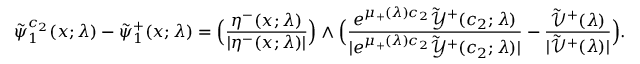
\tilde { \psi } _ { 1 } ^ { c _ { 2 } } ( x ; \lambda ) - \tilde { \psi } _ { 1 } ^ { + } ( x ; \lambda ) = \Big ( \frac { \eta ^ { - } ( x ; \lambda ) } { | \eta ^ { - } ( x ; \lambda ) | } \Big ) \wedge \Big ( \frac { e ^ { \mu _ { + } ( \lambda ) c _ { 2 } } \tilde { \mathcal { Y } } ^ { + } ( c _ { 2 } ; \lambda ) } { | e ^ { \mu _ { + } ( \lambda ) c _ { 2 } } \tilde { \mathcal { Y } } ^ { + } ( c _ { 2 } ; \lambda ) | } - \frac { \tilde { \mathcal { V } } ^ { + } ( \lambda ) } { | \tilde { \mathcal { V } } ^ { + } ( \lambda ) | } \Big ) .